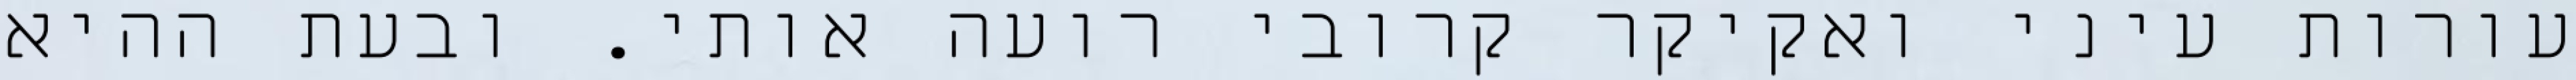
עורות עיני ואקיקר קרובי רועה אותי. ובעת ההיא